Lunatic asylums in Bengal annual reports 1912-1924 - 1912-1924
Year: 1912
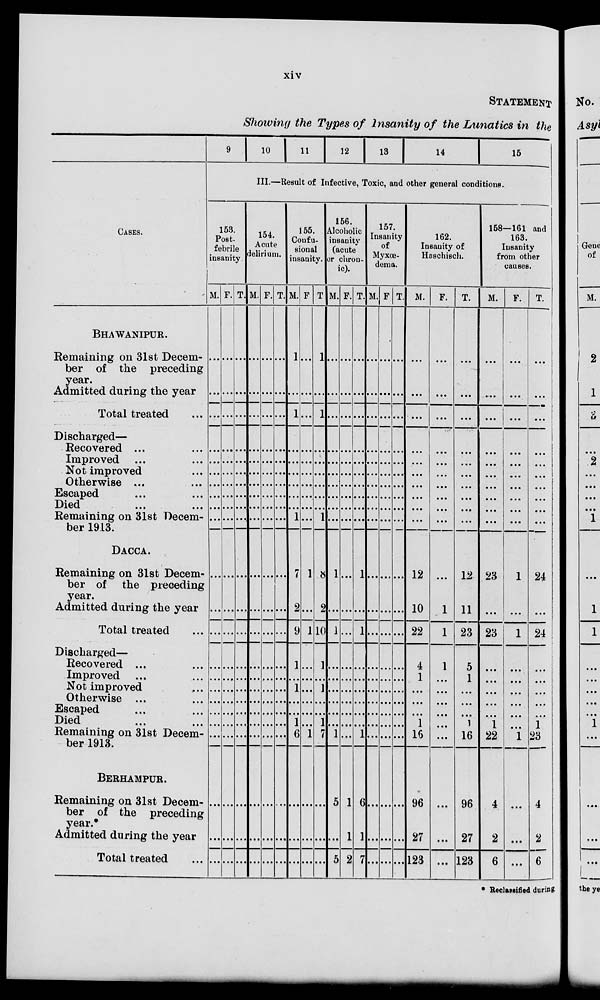
xiv
STATEMENT
Showing the Types of Insanity of the Lunatics in the
CASES.
BHAWANIPUR.
Remaining on 31st Decem-
ber of the preceding
year.
Admitted during the year
Total treated ...
Discharged—
Recoversd ... ...
Improved ...
Not improved ... ...
Otherwise ... ...
Escaped ... ...
Died ... ...
Remaining on 31st Decem-
ber 1913.
DACCA.
Remaining on 31st Decem-
ber of the preceding
year.
Admitted during the year
Total treated ...
Discharged—
Recovered ... ...
Improved ... ...
Not improved ... ...
Otherwise ... ...
Escaped ... ...
Died ... ...
Remaining on 31st Decem-
ber 1913.
BERHAMPUR.
Remaining on 31st Decem-
ber of the preceding
year.
Admitted during the year
Total treated ...
9
10
11
12
13
14
15
III.—Result of Infective, Toxic, and other general condition.
153.
Post-
febrile
insanity
M.
...
...
...
...
...
...
...
...
...
...
...
...
...
...
...
...
...
...
...
...
...
...
...
F.
...
...
...
...
...
...
...
...
...
...
...
...
...
...
...
...
...
...
...
...
...
...
...
T.
...
...
...
...
...
...
...
..
...
...
...
...
...
...
...
...
...
...
...
...
...
...
...
154.
Acute
delirium.
M.
...
...
...
...
...
...
...
...
...
...
...
...
...
...
...
...
...
...
...
...
...
...
...
F.
...
...
...
...
...
...
...
...
...
...
...
...
...
...
...
...
...
...
...
...
...
...
...
T.
...
...
...
...
...
...
...
...
...
...
...
...
...
...
...
...
...
...
...
...
...
...
...
155.
Confu-
sional
insanity.
M.
1
...
1
...
...
...
...
...
...
1
7
2
9
1
...
1
...
...
1
6
...
...
...
F
...
...
...
...
...
...
...
...
...
...
1
...
1
...
...
...
...
...
...
1
...
...
...
T
1
...
1
...
...
...
...
...
...
1
8
2
10
1
...
1
...
...
1
7
...
...
...
156.
Alcoholic
insanity
(acute
or chron-
ic).
M.
...
...
...
...
...
...
...
...
...
...
1
...
1
...
...
...
...
...
...
1
5
...
5
F.
...
...
...
...
...
...
...
...
...
...
...
...
...
...
...
...
...
...
...
...
1
1
2
T.
...
...
...
...
...
...
...
...
...
...
1
...
1
...
...
...
...
...
...
1
6
1
1
157.
Insanity
of
Myxœ-
dema.
M.
...
...
...
...
...
...
...
...
...
...
...
...
...
...
...
...
...
...
...
...
...
...
...
F
...
...
...
...
...
...
...
...
...
...
...
...
...
...
...
...
...
...
...
...
...
...
...
T.
...
...
...
...
...
...
...
...
...
...
...
...
...
...
...
...
...
...
...
...
...
...
...
162.
Insauity of
Hoschisch.
M.
...
...
...
...
...
...
...
...
...
...
12
10
22
4
1
...
...
...
1
16
96
27
123
F.
...
...
...
...
...
...
...
...
...
...
...
1
1
1
...
...
...
...
...
...
...
...
...
T.
...
...
...
...
...
...
...
...
...
...
12
11
23
5
1
...
...
...
1
16
96
27
123
158—161 and
163.
Iusanity
from other
causes.
M.
...
...
...
...
...
...
...
...
...
...
23
...
23
...
...
...
...
...
1
22
4
2
6
F.
...
...
...
...
...
...
...
...
...
...
1
...
1
...
...
...
...
...
...
1
...
...
...
T.
...
...
...
...
...
...
...
...
...
...
24
...
24
...
...
...
...
...
1
23
4
2
6
* Reclassified during.